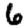
Digit: 6